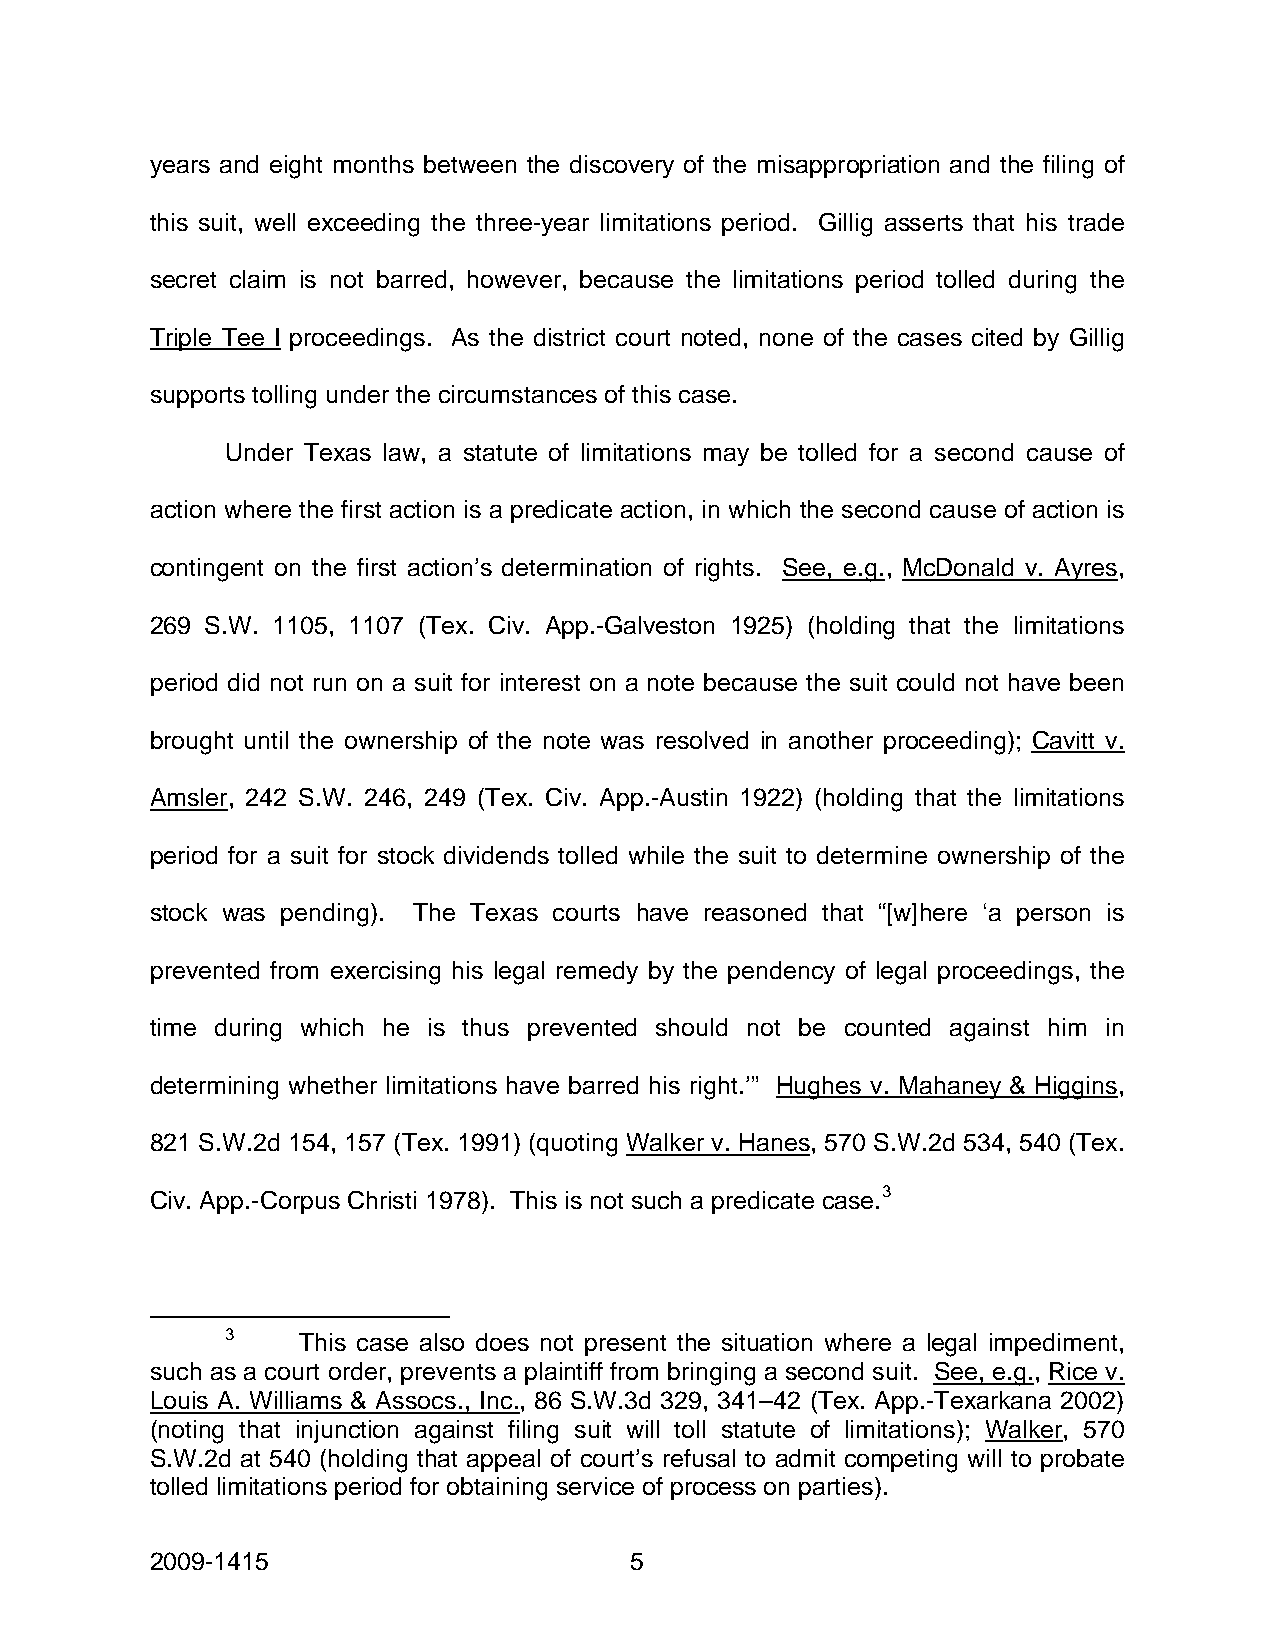
years and eight months between the discovery of the misappropriation and the filing of
 this suit, well exceeding the three-year limitations period. Gillig asserts that his trade
 secret claim is not barred, however, because the limitations period tolled during the
 Triple Tee I proceedings. As the district court noted, none of the cases cited by Gillig
 supports tolling under the circumstances of this case.
 Under Texas law, a statute of limitations may be tolled for a second cause of
 action where the first action is a predicate action, in which the second cause of action is
 contingent on the first action’s determination of rights. See, e.g., McDonald v. Ayres,
 269 S.W. 1105, 1107 (Tex. Civ. App.-Galveston 1925) (holding that the limitations
 period did not run on a suit for interest on a note because the suit could not have been
 brought until the ownership of the note was resolved in another proceeding); Cavitt v.
 Amsler, 242 S.W. 246, 249 (Tex. Civ. App.-Austin 1922) (holding that the limitations
 period for a suit for stock dividends tolled while the suit to determine ownership of the
 stock was pending). The Texas courts have reasoned that “[w]here ‘a person is
 prevented from exercising his legal remedy by the pendency of legal proceedings, the
 time during which he is thus prevented should not be counted against him in
 determining whether limitations have barred his right.’” Hughes v. Mahaney & Higgins,
 821 S.W.2d 154, 157 (Tex. 1991) (quoting Walker v. Hanes, 570 S.W.2d 534, 540 (Tex.
 Civ. App.-Corpus Christi 1978). This is not such a predicate case.3
 3    This case also does not present the situation where a legal impediment,
 such as a court order, prevents a plaintiff from bringing a second suit. See, e.g., Rice v.
 Louis A. Williams & Assocs., Inc., 86 S.W.3d 329, 341–42 (Tex. App.-Texarkana 2002)
 (noting that injunction against filing suit will toll statute of limitations); Walker, 570
 S.W.2d at 540 (holding that appeal of court’s refusal to admit competing will to probate
 tolled limitations period for obtaining service of process on parties).
 2009-1415                       5